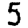
Digit: 5